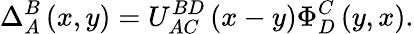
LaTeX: \Delta_{A}^{B}\left(x,y\right)=U_{AC}^{BD}\left(x-y\right)\Phi_{D}^{C}\left(y,x\right).